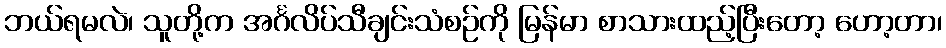
ဘယ်ရမလဲ၊ သူတို့က အင်္ဂလိပ်သီချင်းသံစဉ်ကို မြန်မာ စာသားထည့်ပြီးတော့ ဟော့တာ၊